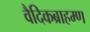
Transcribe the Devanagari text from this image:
वैदिकब्राहम्ण